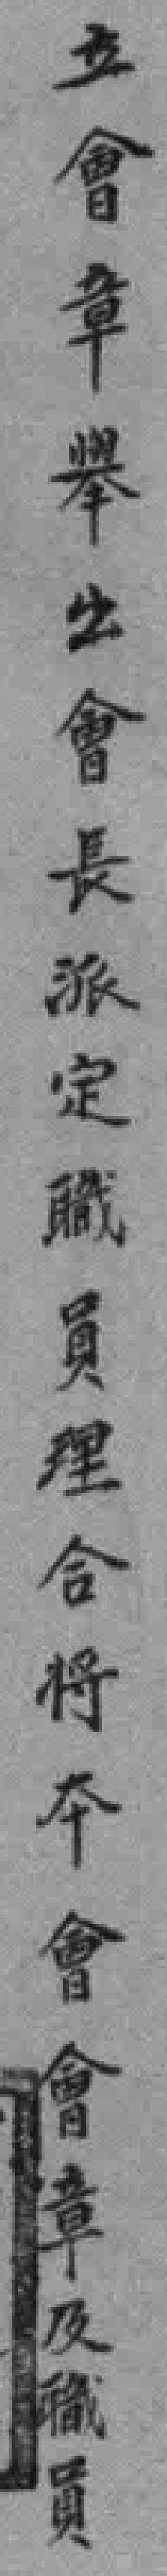
立會章舉出會長派定職員理合將本會會章及職員